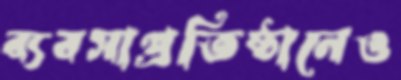
ব্যবসাপ্রতিষ্ঠানেও